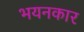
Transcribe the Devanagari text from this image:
भयनकार